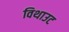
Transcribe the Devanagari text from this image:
विथाउट